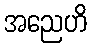
အညေဟိ